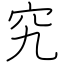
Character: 究